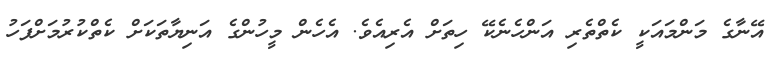
އޭނާގެ މަންމައަކީ ކެތްތެރި އަންހެނެކޭ ހިތަށް އެރިއެވެ. އެހެން މީހުންގެ އަނިޔާތަކަށް ކެތްކުރުމަށްފަހު